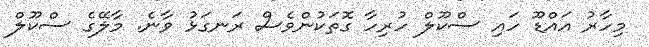
މިހާރު އައްޑޫ ހައި ސްކޫލް ހުރިހާ ގޮތަކުންވެސް ރަނގަޅު ވާނެ. މާލޭގެ ސްކޫލް